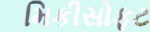
મિકીસોફટ